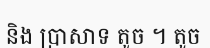
និង ប្រាសាទ តូច ។ តូច